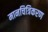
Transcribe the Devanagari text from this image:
मानचित्रिकरण